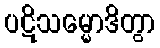
ပဋိသမ္မောဒိတွာ